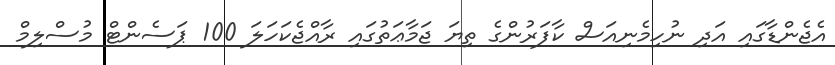
އެޖެންޑާގައި އަދި ނުހިމެނިއަސް ކާފަރުންގެ ތިޔަ ޖަމާޢަތުގައި ރާއްޖެކަހަލަ 100 ޕަސެންޓް މުސްލިމް